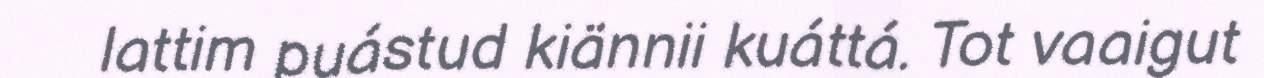
lattim puástud kiännii kuáttá. Tot vaaigut